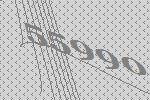
55990